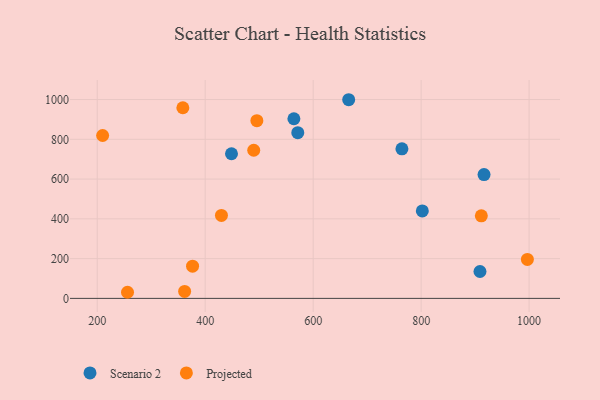
{"axis": {"x": "Experience", "y": "Rating"}, "legend": ["Projected", "Scenario 2"], "data": [{"x": "571.5", "y": 833.4, "type": "Scenario 2"}, {"x": "909.0", "y": 135.2, "type": "Scenario 2"}, {"x": "665.8", "y": 999.0, "type": "Scenario 2"}, {"x": "448.7", "y": 727.3, "type": "Scenario 2"}, {"x": "916.5", "y": 622.8, "type": "Scenario 2"}, {"x": "764.4", "y": 752.1, "type": "Scenario 2"}, {"x": "802.2", "y": 439.9, "type": "Scenario 2"}, {"x": "564.3", "y": 903.3, "type": "Scenario 2"}, {"x": "495.7", "y": 893.7, "type": "Projected"}, {"x": "361.9", "y": 35.1, "type": "Projected"}, {"x": "376.6", "y": 162.0, "type": "Projected"}, {"x": "256.1", "y": 30.7, "type": "Projected"}, {"x": "911.5", "y": 415.3, "type": "Projected"}, {"x": "996.8", "y": 195.9, "type": "Projected"}, {"x": "210.0", "y": 819.1, "type": "Projected"}, {"x": "358.6", "y": 958.6, "type": "Projected"}, {"x": "489.9", "y": 745.0, "type": "Projected"}, {"x": "430.1", "y": 417.1, "type": "Projected"}]}